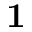
\mathbf { 1 }